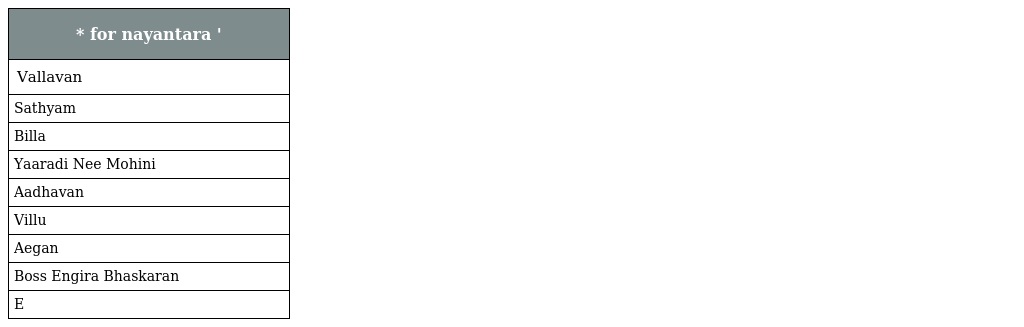
| * for nayantara ' |
 | --- |
 | Vallavan |
 | Sathyam |
 | Billa |
 | Yaaradi Nee Mohini |
 | Aadhavan |
 | Villu |
 | Aegan |
 | Boss Engira Bhaskaran |
 | E |